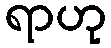
ရာဟု